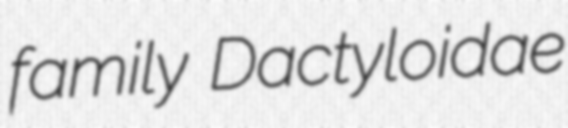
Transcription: family Dactyloidae